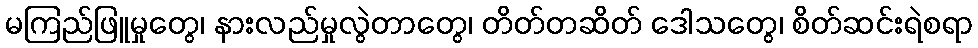
မကြည်ဖြူမှုတွေ၊ နားလည်မှုလွဲတာတွေ၊ တိတ်တဆိတ် ဒေါသတွေ၊ စိတ်ဆင်းရဲစရာ